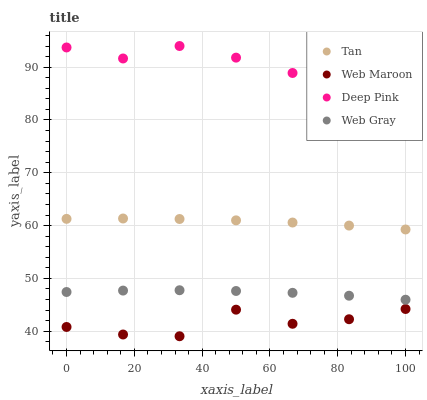
| xaxis_label | Tan | Web Maroon | Deep Pink | Web Gray |
 | --- | --- | --- | --- | --- |
 | 0 | 61.3 | 40.8 | 93.7 | 47.4 |
 | 16.7 | 61.3 | 39.4 | 91.6 | 47.7 |
 | 33.3 | 61.2 | 39 | 94 | 47.8 |
 | 50 | 61 | 44.1 | 91.8 | 47.6 |
 | 66.7 | 60.6 | 41.4 | 88.9 | 47.3 |
 | 83.3 | 60 | 42.3 | 91.8 | 46.7 |
 | 100 | 59.3 | 44.2 | 89 | 46 |